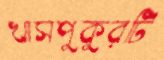
খাসপুকুরটি